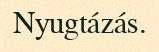
Nyugtázás.